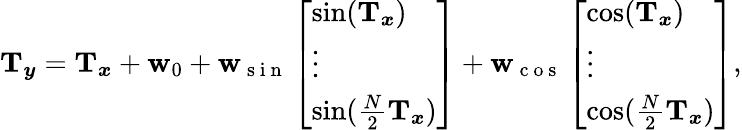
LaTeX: \begin{array}{r}{\mathbf{T}_{\boldsymbol{y}}=\mathbf{T}_{\boldsymbol{x}}+\mathbf{w}_{0}+\mathbf{w}_{\mathrm{~s~i~n~}}\left[\begin{array}{l}{\sin(\mathbf{T}_{\boldsymbol{x}})}\\ {\vdots}\\ {\sin(\frac{N}{2}\mathbf{T}_{\boldsymbol{x}})}\end{array}\right]+\mathbf{w}_{\mathrm{~c~o~s~}}\left[\begin{array}{l}{\cos(\mathbf{T}_{\boldsymbol{x}})}\\ {\vdots}\\ {\cos(\frac{N}{2}\mathbf{T}_{\boldsymbol{x}})}\end{array}\right],}\end{array}